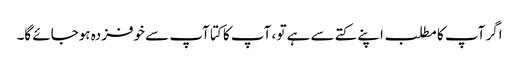
اگر آپ کا مطلب اپنے کتے سے ہے تو ، آپ کا کتا آپ سے خوفزدہ ہوجائے گا۔